Elephants and their diseases
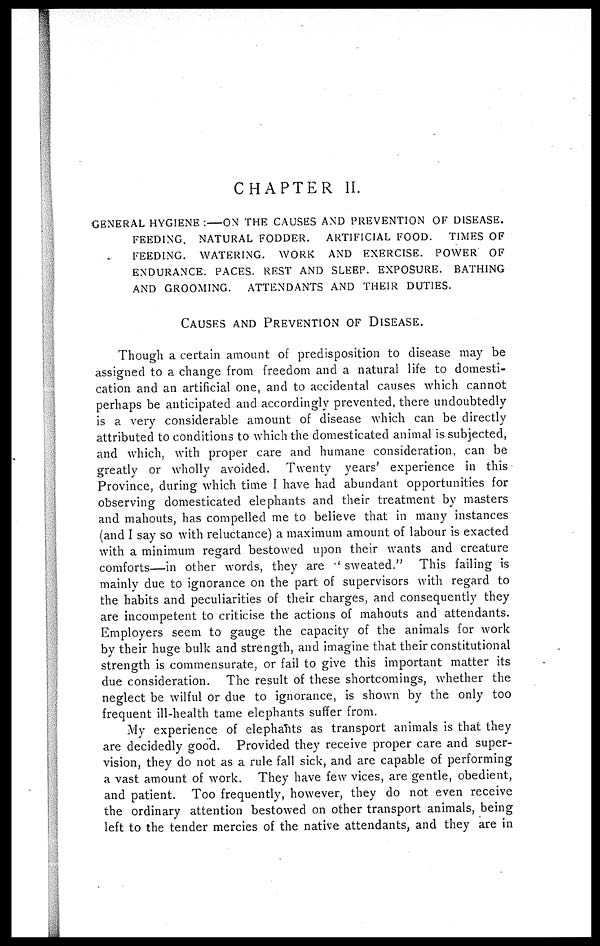
CHAPTER II.
GENERAL HYGIENE :—ON THE CAUSES AND PREVENTION OF DISEASE.
FEEDING. NATURAL FODDER. ARTIFICIAL FOOD. TIMES OF
FEEDING. WATERING. WORK AND EXERCISE. POWER OF
ENDURANCE. PACES. REST AND SLEEP. EXPOSURE. BATHING
AND GROOMING. ATTENDANTS AND THEIR DUTIES.
CAUSES AND PREVENTION OF DISEASE.
Though a certain amount of predisposition to disease may be
assigned to a change from freedom and a natural life to domesti-
cation and an artificial one, and to accidental causes which cannot
perhaps be anticipated and accordingly prevented, there undoubtedly
is a very considerable amount of disease which can be directly
attributed to conditions to which the domesticated animal is subjected,
and which, with proper care and humane consideration, can be
greatly or wholly avoided. Twenty years' experience in this
Province, during which time I have had abundant opportunities for
observing domesticated elephants and their treatment by masters
and mahouts, has compelled me to believe that in many instances
(and I say so with reluctance) a maximum amount of labour is exacted
with a minimum regard bestowed upon their wants and creature
comforts—in other words, they are '' sweated." This failing is
mainly due to ignorance on the part of supervisors with regard to
the habits and peculiarities of their charges, and consequently they
are incompetent to criticise the actions of mahouts and attendants.
Employers seem to gauge the capacity of the animals for work
by their huge bulk and strength, and imagine that their constitutional
strength is commensurate, or fail to give this important matter its
due consideration. The result of these shortcomings, whether the
neglect be wilful or due to ignorance, is shown by the only too
frequent ill-health tame elephants suffer from.
My experience of elephants as transport animals is that they
are decidedly good. Provided they receive proper care and super-
vision, they do not as a rule fall sick, and are capable of performing
a vast amount of work. They have few vices, are gentle, obedient,
and patient. Too frequently, however, they do not even receive
the ordinary attention bestowed on other transport animals, being
left to the tender mercies of the native attendants, and they are in